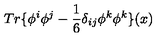
T r \{ \phi ^ { i } \phi ^ { j } - \frac { 1 } { 6 } \delta _ { i j } \phi ^ { k } \phi ^ { k } \} ( x )